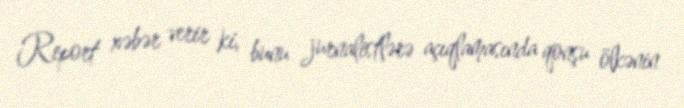
Report xəbər verir ki, bunu jurnalistlərə açıqlamasında qonşu ölkənin